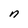
Character: n